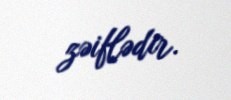
zəiflədir.